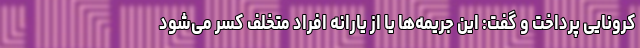
کرونایی پرداخت و گفت: این جریمه‌ها یا از یارانه افراد متخلف کسر می‌شود